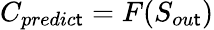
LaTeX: C_{predic\mathsf{t}}=F(S_{ou\mathsf{t}})